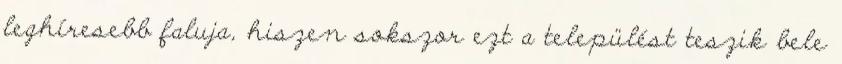
leghíresebb faluja, hiszen sokszor ezt a települést teszik bele